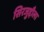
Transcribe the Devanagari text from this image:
सिरजुद्दौला